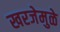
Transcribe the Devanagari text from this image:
खरजेमुळे